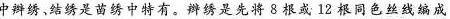
中辫绣、结绣是苗绣中特有。辫绣是先将8根或12根同色丝线编成